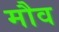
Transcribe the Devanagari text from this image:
मौव